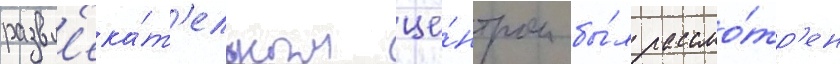
развл'ека́т'ельным це́нтром бы́л рассмо́тр'ен